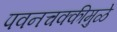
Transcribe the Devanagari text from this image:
पवनचक्कीमुळे